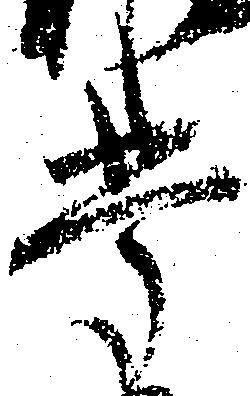
掌